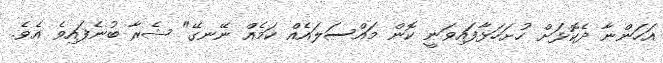
އަހަންނާ ދެކޮޅަށް ހުށަހަޅާފައިވަނީ ކޮން މައްސަލައެއް ކަމެއް ނޭނގޭ" ޝެރާ ބުނެފައިވެ އެވެ.